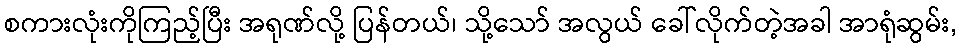
စကားလုံးကိုကြည့်ပြီး အရုဏ်လို့ ပြန်တယ်၊ သို့သော် အလွယ် ခေါ်လိုက်တဲ့အခါ အာရုံဆွမ်း,